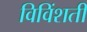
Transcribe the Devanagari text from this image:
विविंशती